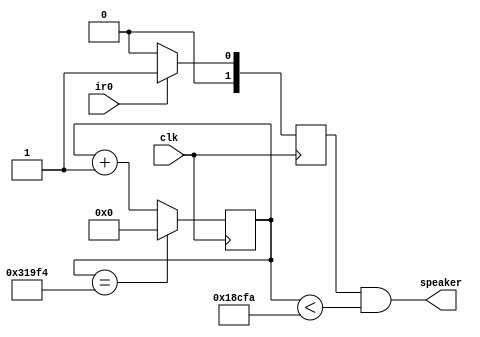
`timescale 1ns / 1ps
//////////////////////////////////////////////////////////////////////////////////
// Company: 
// Engineer: 
// 
// Design Name: 
// Module Name:    SEKIGAISEN 
// Project Name: 
// Target Devices: 
// Tool versions: 
// Description: 
//
// Dependencies: 
//
// Revision: 
// Revision 0.01 - File Created
// Additional Comments: 
//
//////////////////////////////////////////////////////////////////////////////////
module SEKIGAISEN(
	 input ir0,
    input clk,
	 //output ld0
	 output speaker
    );
	 
	 reg[1:0] counter;
	 reg[31:0] musiccon;
	 
	 
	 always @(posedge clk)
	 begin
	     if(ir0)
		     counter <= 1;
		  else
		     counter <= 0;
	 end
	 
	 always @(posedge clk)
	 begin
	     if(musiccon == 32'd203252)
		     musiccon <= 32'd0;
		  else
		     musiccon <= musiccon + 1;
	 end
	 
	 assign speaker = counter && (musiccon < 101626);
	 //assign ld0 = counter

endmodule